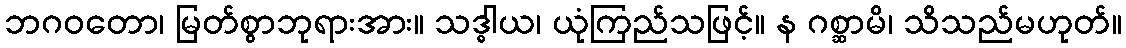
ဘဂဝတော၊ မြတ်စွာဘုရားအား။ သဒ္ဓါယ၊ ယုံကြည်သဖြင့်။ န ဂစ္ဆာမိ၊ သိသည်မဟုတ်။